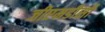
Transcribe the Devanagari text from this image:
जीएमडीसी